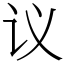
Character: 议